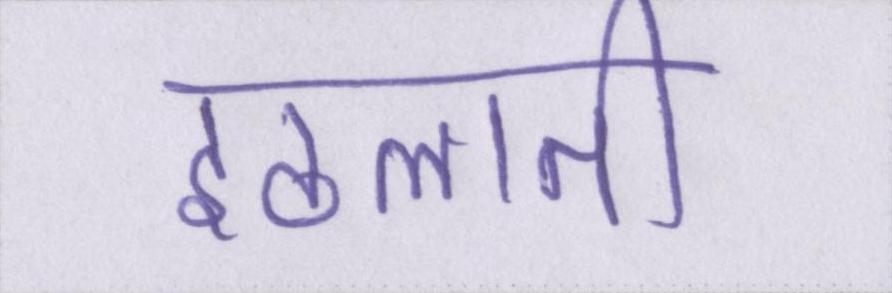
इठलाती